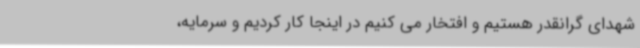
شهدای گرانقدر هستیم و افتخار می کنیم در اینجا کار کردیم و سرمایه،